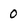
Character: O